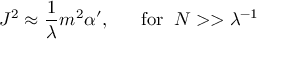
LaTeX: J ^ { 2 } \approx \frac { 1 } { \lambda } m ^ { 2 } \alpha ^ { \prime } , \; \; \; \; \; \; \mathrm { f o r } \; \; N > > \lambda ^ { - 1 }